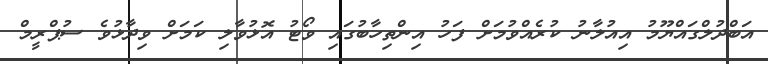
އަބްދުލްގައްޔޫމު އިއުލާނު ކުރެއްވުމަށް ފަހު އިންތިހާބުގައި ވޯޓު އޮޅުވާލި ކަމަށް ވިދާޅުވެ ސުޕްރީމް